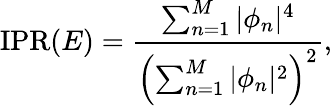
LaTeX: \mathrm{IPR}(E)=\frac{\sum_{n=1}^{M}|\phi_{n}|^{4}}{\left(\sum_{n=1}^{M}|\phi_{n}|^{2}\right)^{2}},